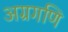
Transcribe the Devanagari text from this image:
अग्रगणि